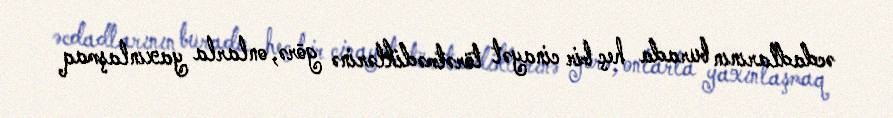
əcdadlarının burada heç bir cinayət törətmədiklərinə görə, onlarla yaxınlaşmaq